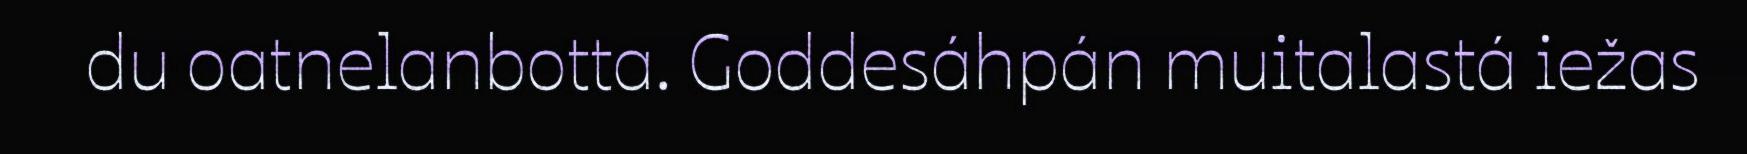
du oatnelanbotta. Goddesáhpán muitalastá iežas